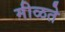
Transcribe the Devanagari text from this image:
मीळते